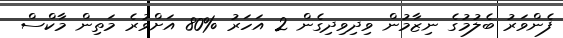
ފެންވަރު ބެލުމުގެ ނިޒާމުން ވިދިވިދިގެން 2 އަހަރު %80 އަށްވުރެ މަތިން މާކްސް